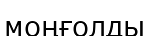
моңғолды